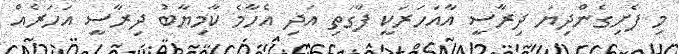
މި ފެށިގެންދިޔަ ދިރާސީ އާއަހަރަކީ ފާގަތި އަދި އެހާމެ ކާމިޔާބު ދިރާސީ އަހަރެއް